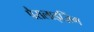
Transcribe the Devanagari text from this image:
पैरालाइज़िंग